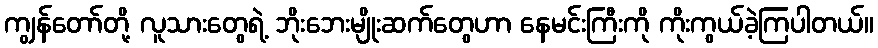
ကျွန်တော်တို့ လူသားတွေရဲ့ ဘိုးဘေးမျိုးဆက်တွေဟာ နေမင်းကြီးကို ကိုးကွယ်ခဲ့ကြပါတယ်။